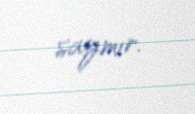
saymır.